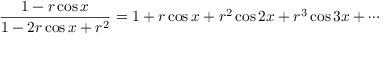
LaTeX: { \frac { 1 - r \cos x } { 1 - 2 r \cos x + r ^ { 2 } } } = 1 + r \cos x + r ^ { 2 } \cos 2 x + r ^ { 3 } \cos 3 x + \cdots